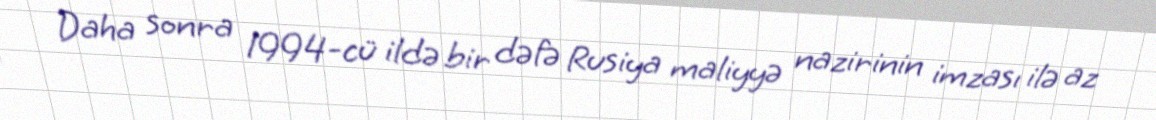
Daha sonra 1994-cü ildə bir dəfə Rusiya maliyyə nazirinin imzası ilə az